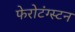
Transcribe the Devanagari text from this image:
फेरोटंग्स्टन